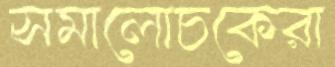
সমালোচকেরা